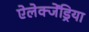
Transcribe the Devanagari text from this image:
ऐलेक्जेंड्रिया